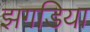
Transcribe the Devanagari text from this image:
झगडिया